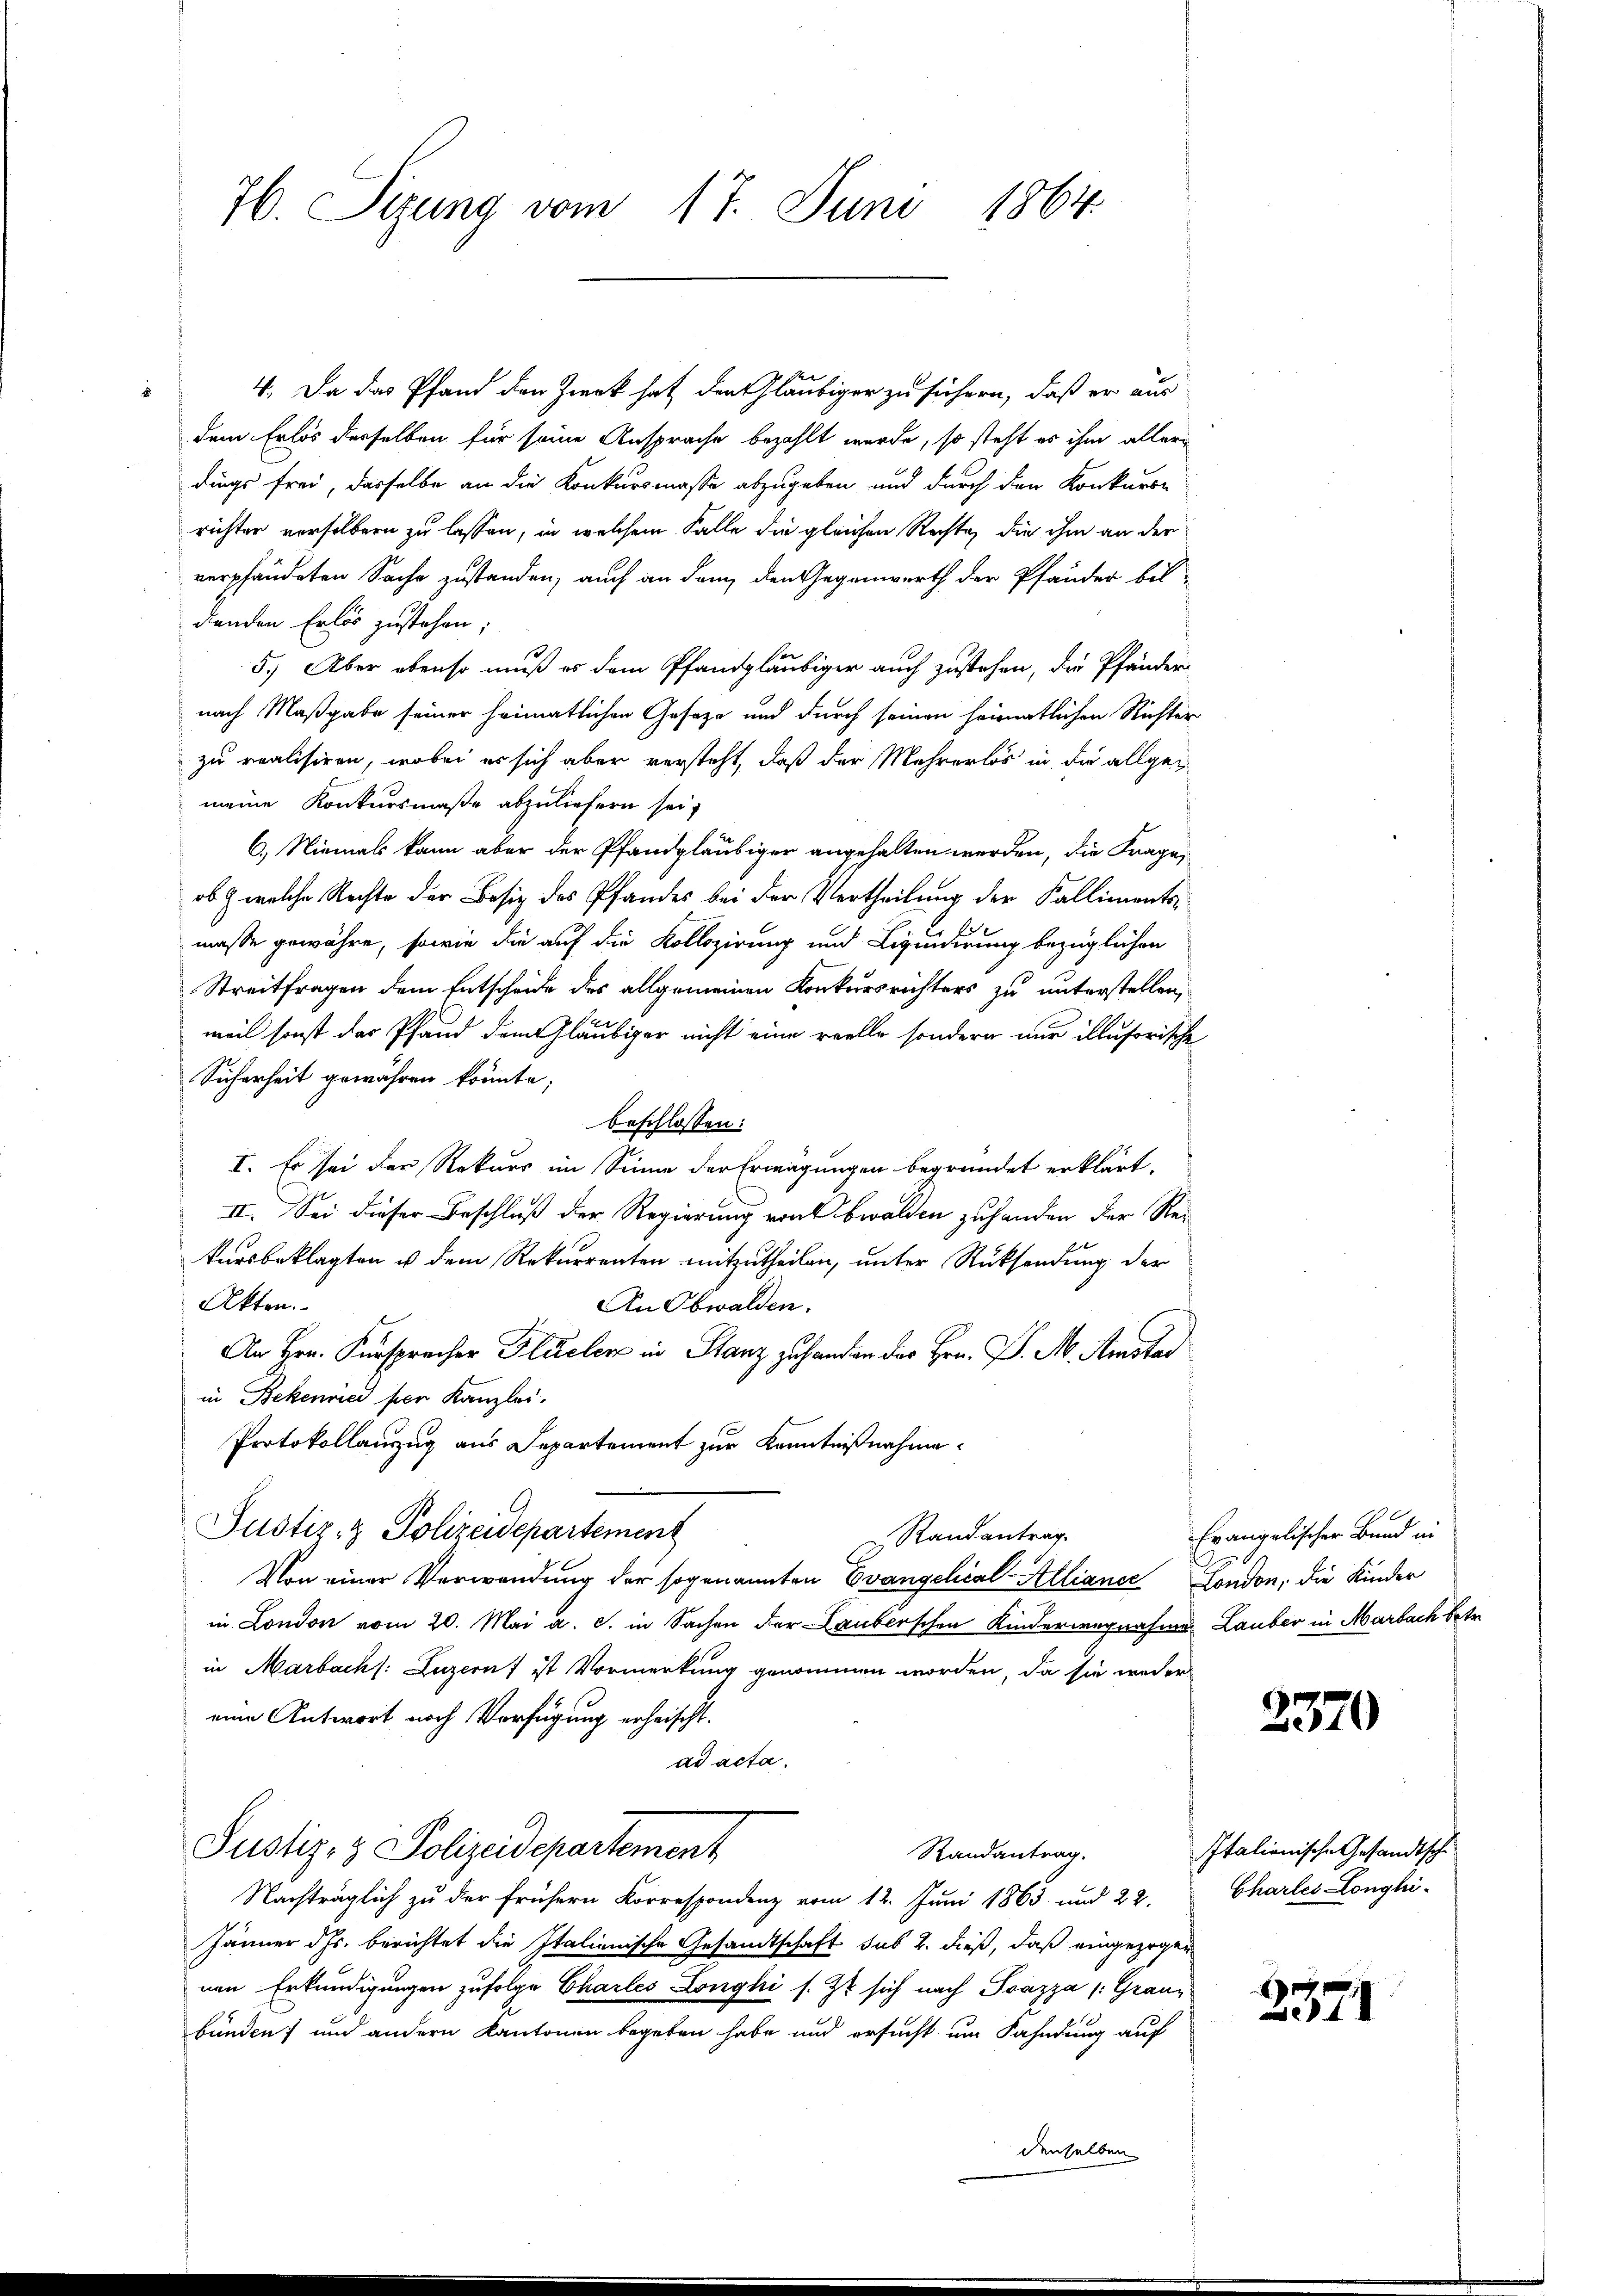
76. Sizung vom 17. Juni 1864.

4., Da das Pfand den Zweck hat den Gläubiger zu sichern, daß er aus
2
dem Erlös derselben für seine Ansprache bezahlt wurde, so steht es ihm allerdings frei, dasselbe an die Konkursmasse abzugeben und durch den Konkurre
richter verselbern zu lassen, in welchem Falle die gleichen Rechte, die ihm an der
verpfändeten Sache zustanden, auch an dem den Gegenwerth der Pfänder bil-
denden Erlös zustehen;
5.) Aber ebenso muß es dem Pfandgläubiger auch zustehen, die Pfändernach Maßgabe seiner heimatlichen Geseze und durch seinen heimatlichen Richter
zu realisiren, wobei es sich aber versteht, daß der Mehrerlos in die allgemeine Konkursmaße abzuliefern sei,
6.) Niemals kann aber der Pfandgläubiger angehalten werden, die Frage,
ob & welche Rechte der Besiz des Pfandes bei der Vertheilung der Kallimentsmasse gewähre, sowie die auf die Kollazirung und Liquidirung bezüglichen
Streitfragen dem Entscheide des allgemeinen Konkursrichters zu unterstellen,
weil sonst das Pfand dem Gläubiger nicht eine reelle sondern nur illusorische
Sicherheit gewähren könnte;
beschlossen:
I. Es sei der Rekurr im Sinne der Erwägungen begründet erklärt.
II. Sei dieser Beschluß der Regierung von bwalden zuhanden der Rekursbeklagten ist dem Rekurrenten mitzutheilen, unter Rücksendung der
Akten.
An Obwalden.
An Hrn. Fürspracher Flüeler in Stanz zu handen des Hrn. P. M. Amsta
in Bekenried per Kanzlei.
Protokollauszug aus Departement zur Kenntnißnahme.
Justiz- & Polizeidepartement
 Randantrag.
Von einer Verwendung der sogenannten Evangelical Alliance London, die Kinder
in London vom 20. Mai a. c. in Sachen der Lauberschen Kinderwegnahme Lauber in Marbach betr.
in Marbach (: Luzern ist Vormerkung genommen worden, da sie weder
eine Antwort noch Verfügung erheischt.
ad acta,
Justiz- & Polizeidepartement
Randantrag.
Nachträglich zu der frühern Korrespondenz vom 12. Juni 1863 und 22.
Jänner ds. berichtet die Italienische Gesandtschaft sub 2. dieß, daß eingezogen
nen Erkundigungen zufolge Charles Longhi s. Et sich nach Svazza /: Graue
bunden; und andern Kantonen begeben habe und ersucht um Fahndung auf

denselben

Erangelischer Bund in

2370

Italionische Gesandtsche
Chartes Longhi

2371